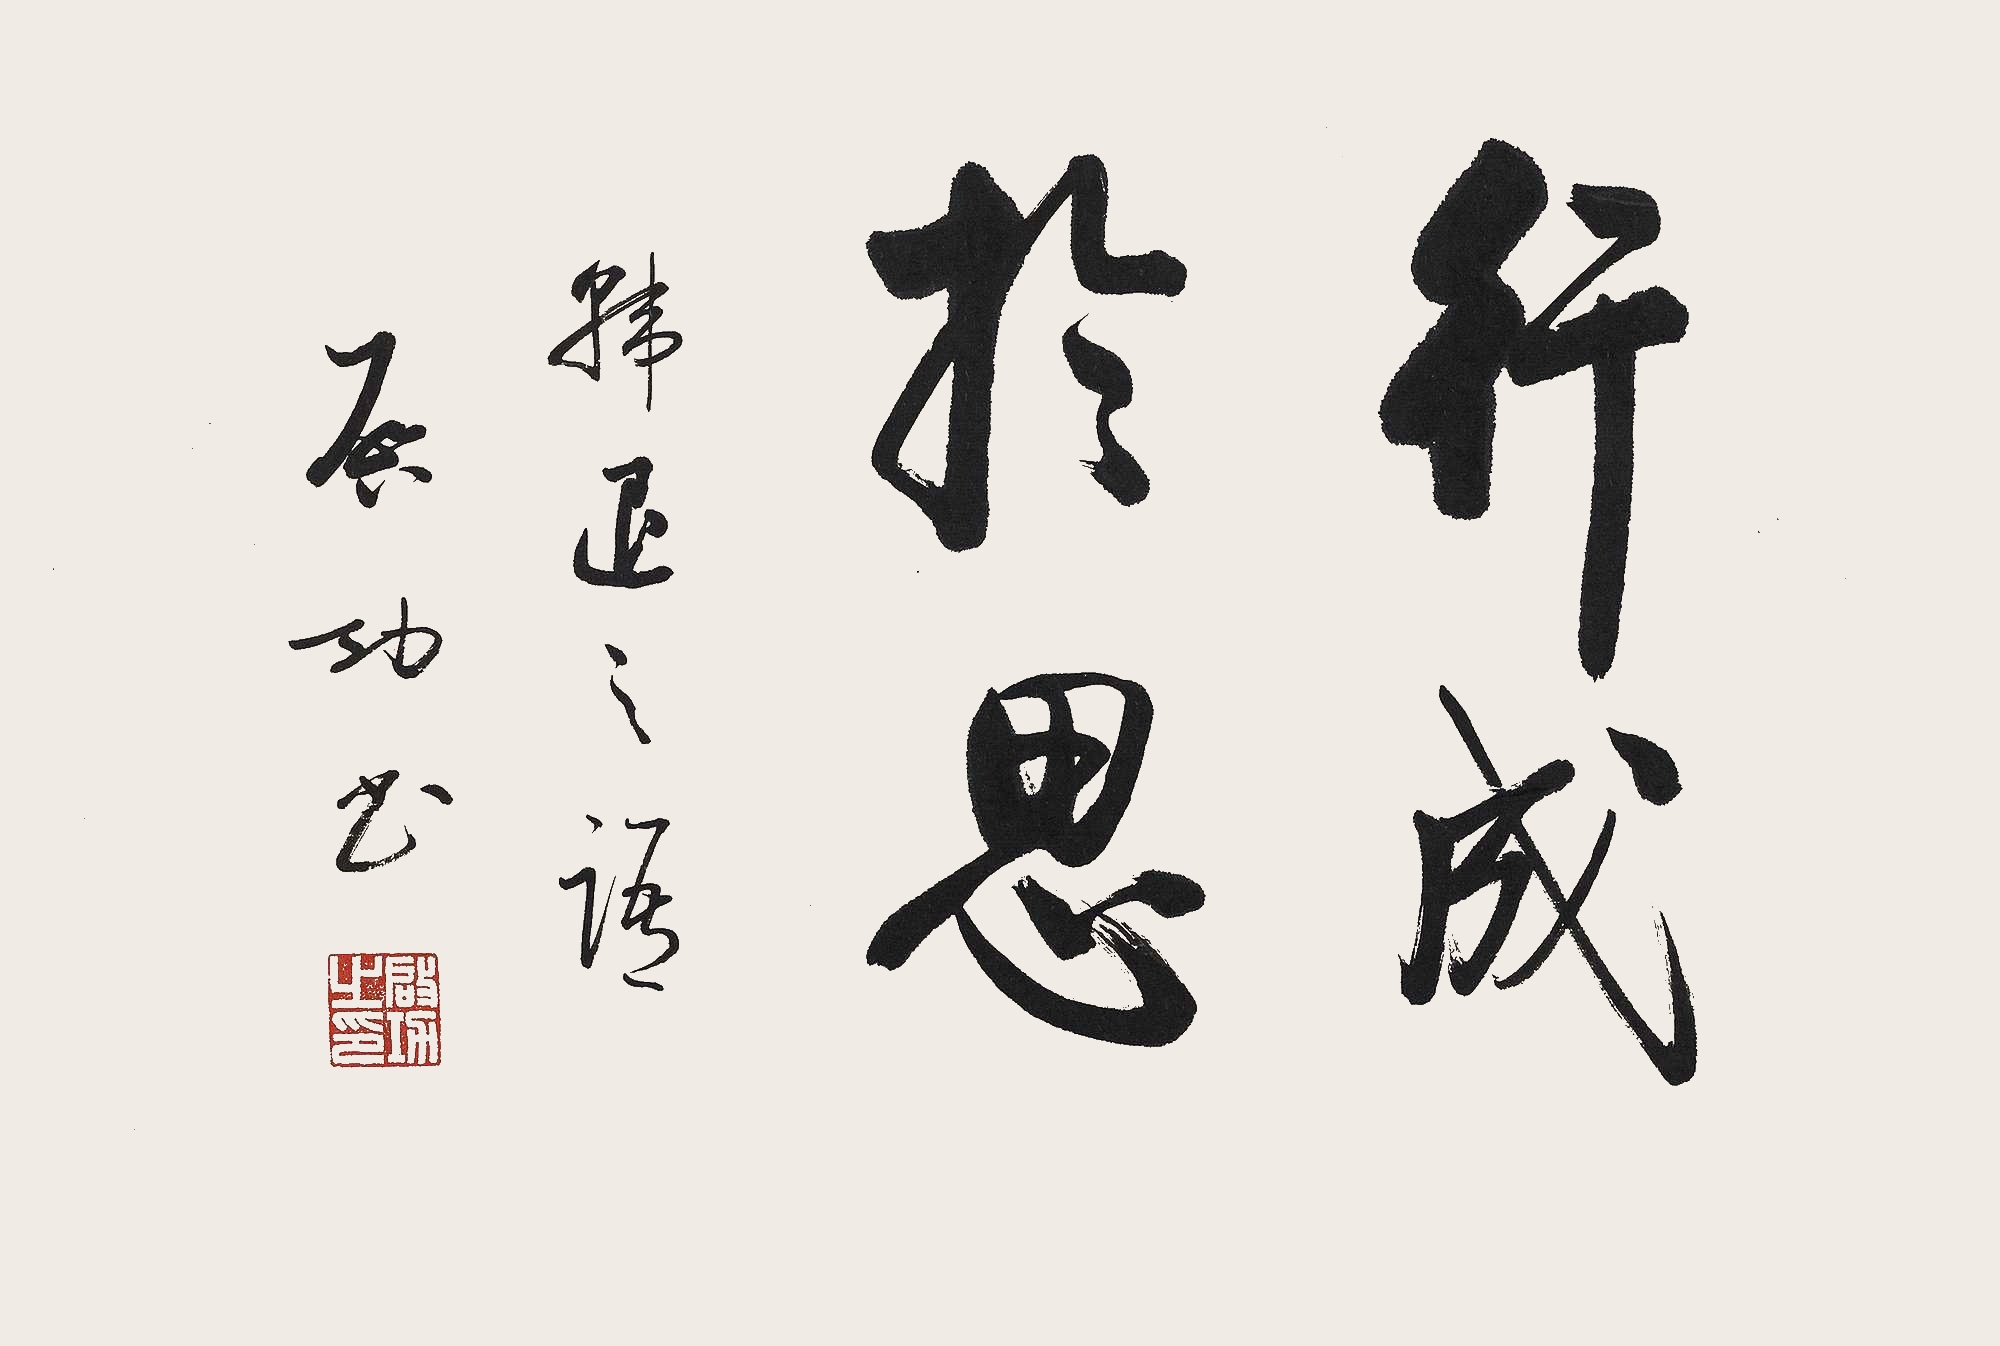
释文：行成于思韩退之语。启功书。